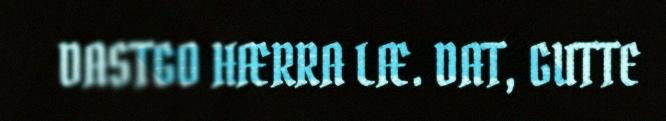
DASTGO HÆRRA LÆ. DAT, GUTTE